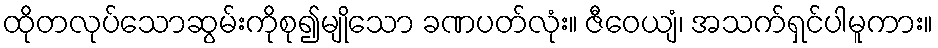
ထိုတလုပ်သောဆွမ်းကိုစု၍မျိုသော ခဏပတ်လုံး။ ဇီဝေယျံ၊ အသက်ရှင်ပါမူကား။